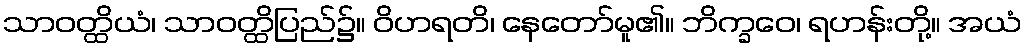
သာဝတ္ထိယံ၊ သာဝတ္ထိပြည်၌။ ဝိဟရတိ၊ နေတော်မူ၏။ ဘိက္ခဝေ၊ ရဟန်းတို့။ အယံ